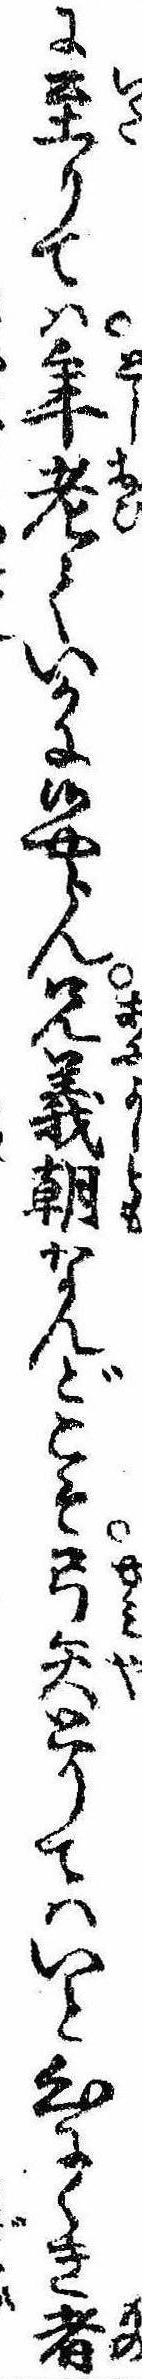
に至りては年老ていかに候やらん兄義朝なんどこそ弓矢とりてはいと心にくき者